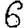
Digit: 6